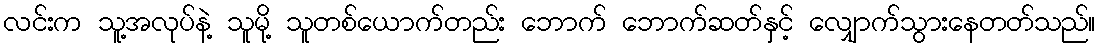
လင်းက သူ့အလုပ်နဲ့ သူမို့ သူတစ်ယောက်တည်း ဘောက် ဘောက်ဆတ်နှင့် လျှောက်သွားနေတတ်သည်။